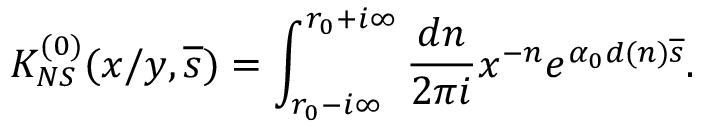
K _ { N S } ^ { ( 0 ) } ( x / y , \overline { { { s } } } ) = \int _ { r _ { 0 } - i \infty } ^ { r _ { 0 } + i \infty } { \frac { d n } { 2 \pi i } } x ^ { - n } e ^ { \alpha _ { 0 } d ( n ) \overline { { { s } } } } .